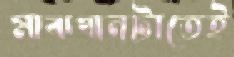
মাঝখানটাতেই